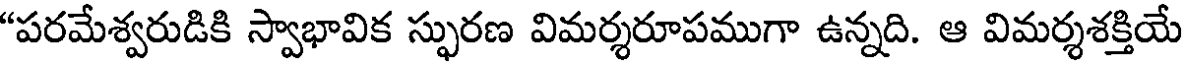
"పరమేశ్వరుడికి స్వాభావిక స్ఫురణ విమర్శరూపముగా ఉన్నది. ఆ విమర్శశక్తియే